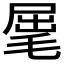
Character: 𣮈